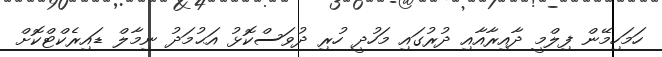
ހަމަހިމޭން ފިލްމީ ދާއިރާއާއި ދުރުގައި މަހުދީ ހުރި ދުވަސްކޮޅު އަޙުމަދު ނިމާލް ޑައިރެކްޓްކޮށް